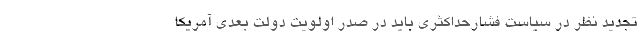
تجدید نظر در سیاست فشارحداکثری باید در صدر اولویت دولت بعدی آمریکا